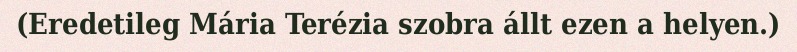
(Eredetileg Mária Terézia szobra állt ezen a helyen.)